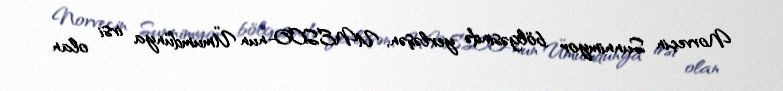
Norveçin Sunnimyor bölgəsində yerləşən, UNESCO-nun Ümumdünya irsi olan